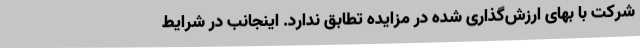
شرکت با بهای ارزش‌گذاری شده در مزایده تطابق ندارد. اینجانب در شرایط